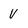
Character: V